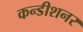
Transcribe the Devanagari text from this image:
कन्डीशनर